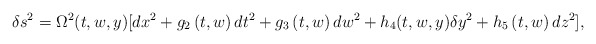
\begin{align*}\delta s^2=\Omega ^2(t,w,y)[dx^2+g_2\left( t,w\right) dt^2+g_3\left(t,w\right) dw^2+h_4(t,w,y)\delta y^2+h_5\left( t,w\right) dz^2],\end{align*}